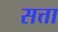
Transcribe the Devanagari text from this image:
सत्ता